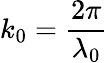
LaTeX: k_{0}=\frac{2\pi}{\lambda_{0}}